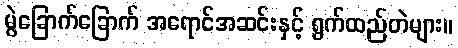
မွဲခြောက်ခြောက် အရောင်အဆင်းနှင့် ရွက်ထည်တဲများ။